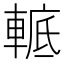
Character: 𨌮